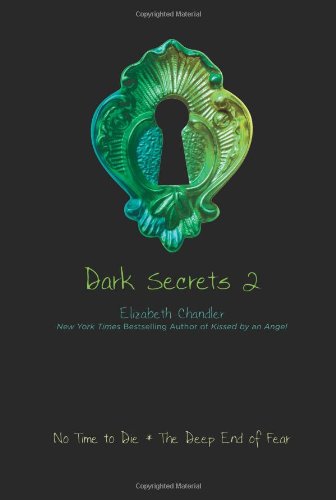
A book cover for No Time to Die and the Deep End of Fear (Dark Secrets #2); Elizabeth Chandler; Teen & Young Adult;